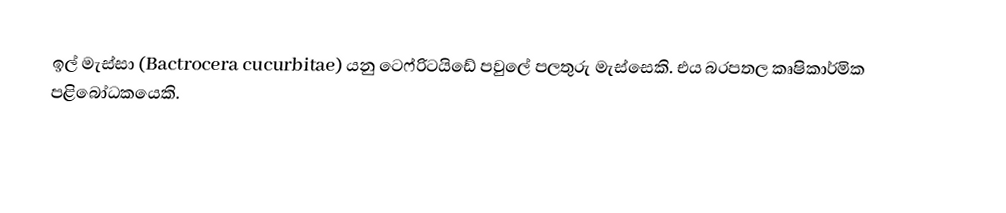
ඉල් මැස්සා (Bactrocera cucurbitae) යනු ටෙෆ්රිටයිඩේ පවුලේ පලතුරු මැස්සෙකි. එය බරපතල කෘෂිකාර්මික පළිබෝධකයෙකි.